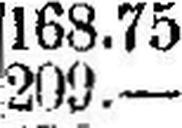
209.—